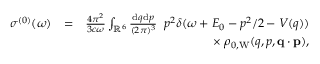
\begin{array} { r l r } { \sigma ^ { ( 0 ) } ( \omega ) } & { = } & { \frac { 4 \pi ^ { 2 } } { 3 c \omega } \int _ { \mathbb { R } ^ { 6 } } \frac { \ensuremath { \mathrm { d } } \b { q } \ensuremath { \mathrm { d } } \b { p } } { ( 2 \pi ) ^ { 3 } } \; \; p ^ { 2 } \delta ( \omega + E _ { 0 } - p ^ { 2 } / 2 - V ( q ) ) } \\ & { } & { \times \; \rho _ { 0 , \mathrm { W } } ( q , p , \ensuremath { \mathbf { q } } \cdot \ensuremath { \mathbf { p } } ) , } \end{array}